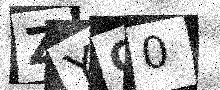
Text: ZYC0